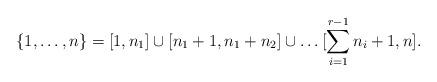
LaTeX: \begin{align*} \{1,\dots ,n\} = [1,n_1] \cup [n_1+1, n_1+n_2] \cup \dots [\sum_{i=1}^{r-1} n_i + 1, n]. \end{align*}